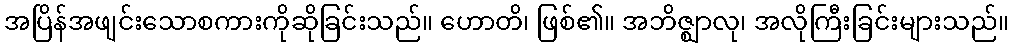
အပြိန်အဖျင်းသောစကားကိုဆိုခြင်းသည်။ ဟောတိ၊ ဖြစ်၏။ အဘိဇ္ဈာလု၊ အလိုကြီးခြင်းများသည်။